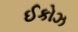
ઈકોઝ